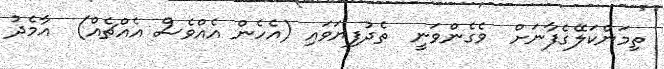
ތިމަންކަލޭގެފާނަށް  ވެގެންވަނީ  ތެދުފިޔަވައި (އެހެން އެއްވެސް އެއްޗެއް)  އާމެދު